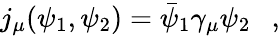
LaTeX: j_{\mu}(\psi_{1},\psi_{2})=\bar{\psi}_{1}\gamma_{\mu}\psi_{2}~~~,